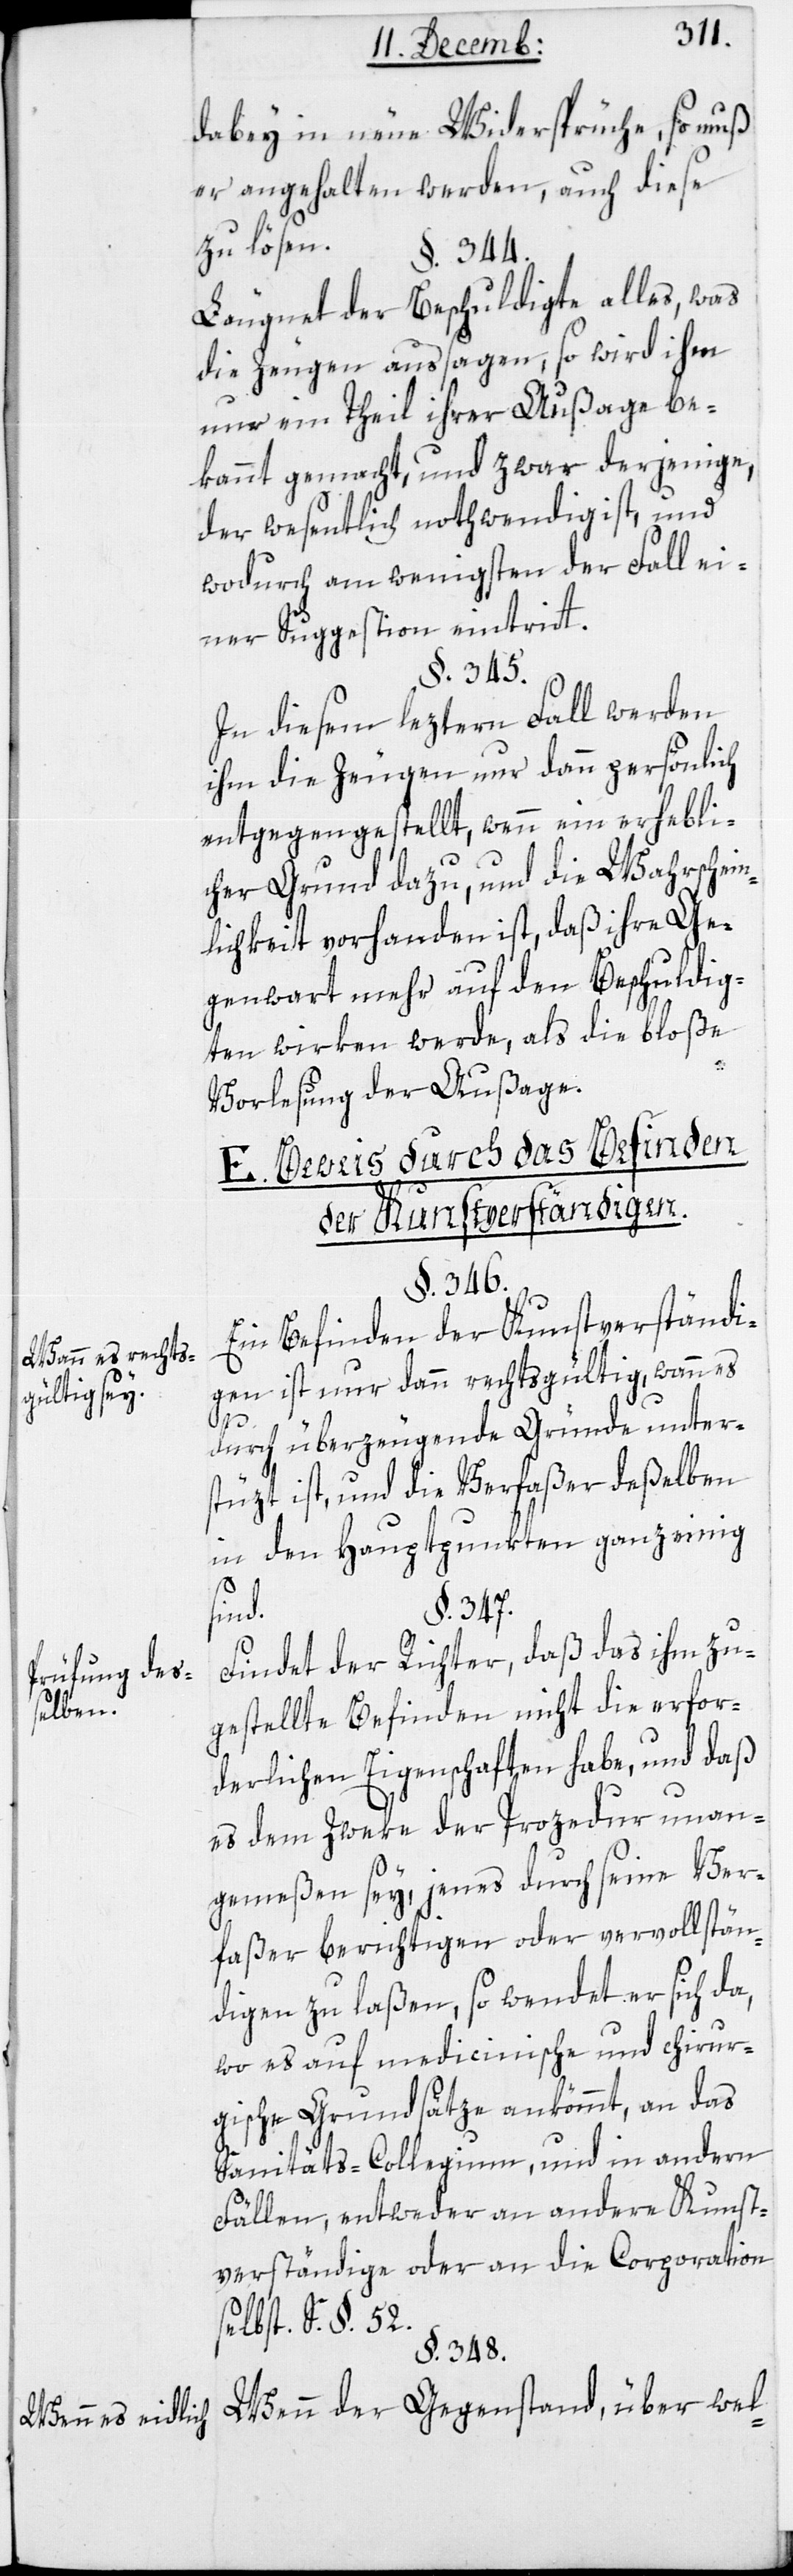
Wann es rechts¬
gültig ist.
Prüfung des¬
selben.
Wenn es eidlich

dabey in neue Widersprüche, so muß
er angehalten werden, auch diese
zu lösen.
§. 344.
Läugnet der Beschuldigte alles, was
die Zeugen aussagen, so wird ihm
nur ein Theil ihrer Außage be¬
kannt gemacht, und zwar derjenige,
der wesentlich nothwendig ist, und
wodurch am wenigsten der Fall ei¬
ner Suggestion eintritt.
§. 345.
In diesem leztern Fall werden
ihm die Zeugen nur dann persönlich
entgegengestellt, wenn ein erhebli¬
cher Grund dazu, und die Wahrschein¬
lichkeit vorhanden ist, daß ihre Ge¬
genwart mehr auf den Beschuldig¬
ten wirken werde, als die bloße
Vorlesung der Außage.
E. Beweis durch das Befinden
der Kunstverständigen.
§. 346.
Ein Befinden der Kunstverständi¬
gen ist nur dann rechtsgültig, wann es
durch überzeugende Gründe unter¬
stüzt ist, und die Verfaßer deßelben
in den Hauptpunkten ganz einig
§. 347.
sind.
Findet der Richter, daß das ihm zu¬
gstellte Befinden nicht die erfor¬
derlichen Eigenschaften habe, und daß
es dem Zweke der Procedur unan¬
gemeßen sey, jenes durch seine Ver¬
faßer berichtigen oder vervollstän¬
digen zu laßen, so wendet er sich da,
wo es auf medicinische und chirur¬
gische Grundsätze ankömmt, an das
Sanitäts-Collegium, und in andern
Fällen entweder an andere Kunst¬
verständige oder an die Corporation
selbst. S. §. 52.
§. 348.
Wenn der Gegenstand, über wel-